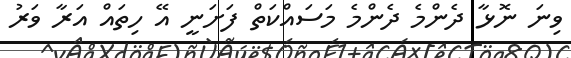
ވިނަ ނޮޅާ ދެންމެ ދެންމެ މަސައްކަތް ފަށަނީ އޭ ހިތައް އަރާ ވަރު